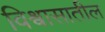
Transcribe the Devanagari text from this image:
विश्र्वासातील